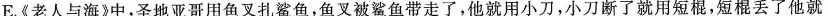
E。《老人与海》中，圣地亚哥用鱼叉扎鲨鱼，鱼叉被鲨鱼带走了，他就用小刀，小刀断了就用短棍，短棍丢了他就